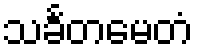
သင်္ခတမေတံ